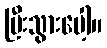
ပြီးသွားပေါ့။